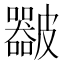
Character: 𥀴